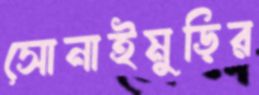
সোনাইমুড়ির